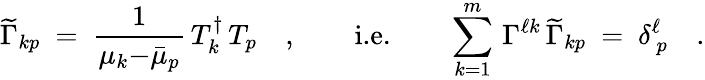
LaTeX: \widetilde{\Gamma}_{kp}\ =\ \frac{1}{\mu_{k}{-}\bar{\mu}_{p}}\, T_{k}^{\dagger}\, T_{p}\quad,\qquad\textrm{i.e.}\qquad\sum_{k=1}^{m}\, \Gamma^{\ell k}\, \widetilde{\Gamma}_{kp}\ =\ \delta_{\ p}^{\ell}\quad.